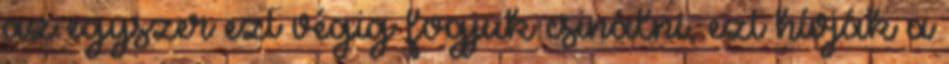
az egyszer ezt végig fogjuk csinálni, ezt hívják a